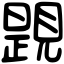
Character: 𧡰